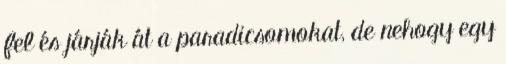
fel és járják át a paradicsomokat, de nehogy egy